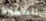
الفقيرة